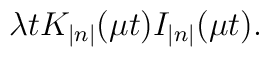
\lambda tK_{\left| n\right| }(\mu t)I_{\left| n\right| }(\mu t).